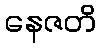
နေဇတိ